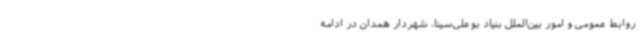
روابط عمومی و امور بین‌الملل بنیاد بوعلی‌سینا، شهردار همدان در ادامه